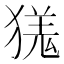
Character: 獇